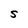
Character: S